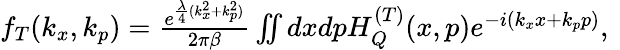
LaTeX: \begin{array}{r}{f_{T}(k_{x},k_{p})=\frac{e^{\frac{\lambda}{4}(k_{x}^{2}+k_{p}^{2})}}{2\pi\beta}\iint dxdpH_{Q}^{(T)}(x,p)e^{-i(k_{x}x+k_{p}p)},\ }\end{array}